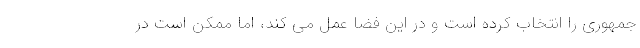
جمهوری را انتخاب کرده است و در این فضا عمل می کند، اما ممکن است در